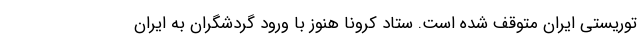
توریستی ایران متوقف شده است. ستاد کرونا هنوز با ورود گردشگران به ایران